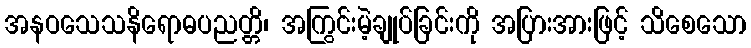
အနဝသေသနိရောဓပညတ္တိ၊ အကြွင်းမဲ့ချုပ်ခြင်းကို အပြားအားဖြင့် သိစေသော